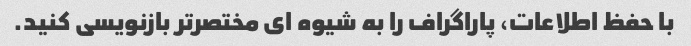
با حفظ اطلاعات، پاراگراف را به شیوه ای مختصرتر بازنویسی کنید.